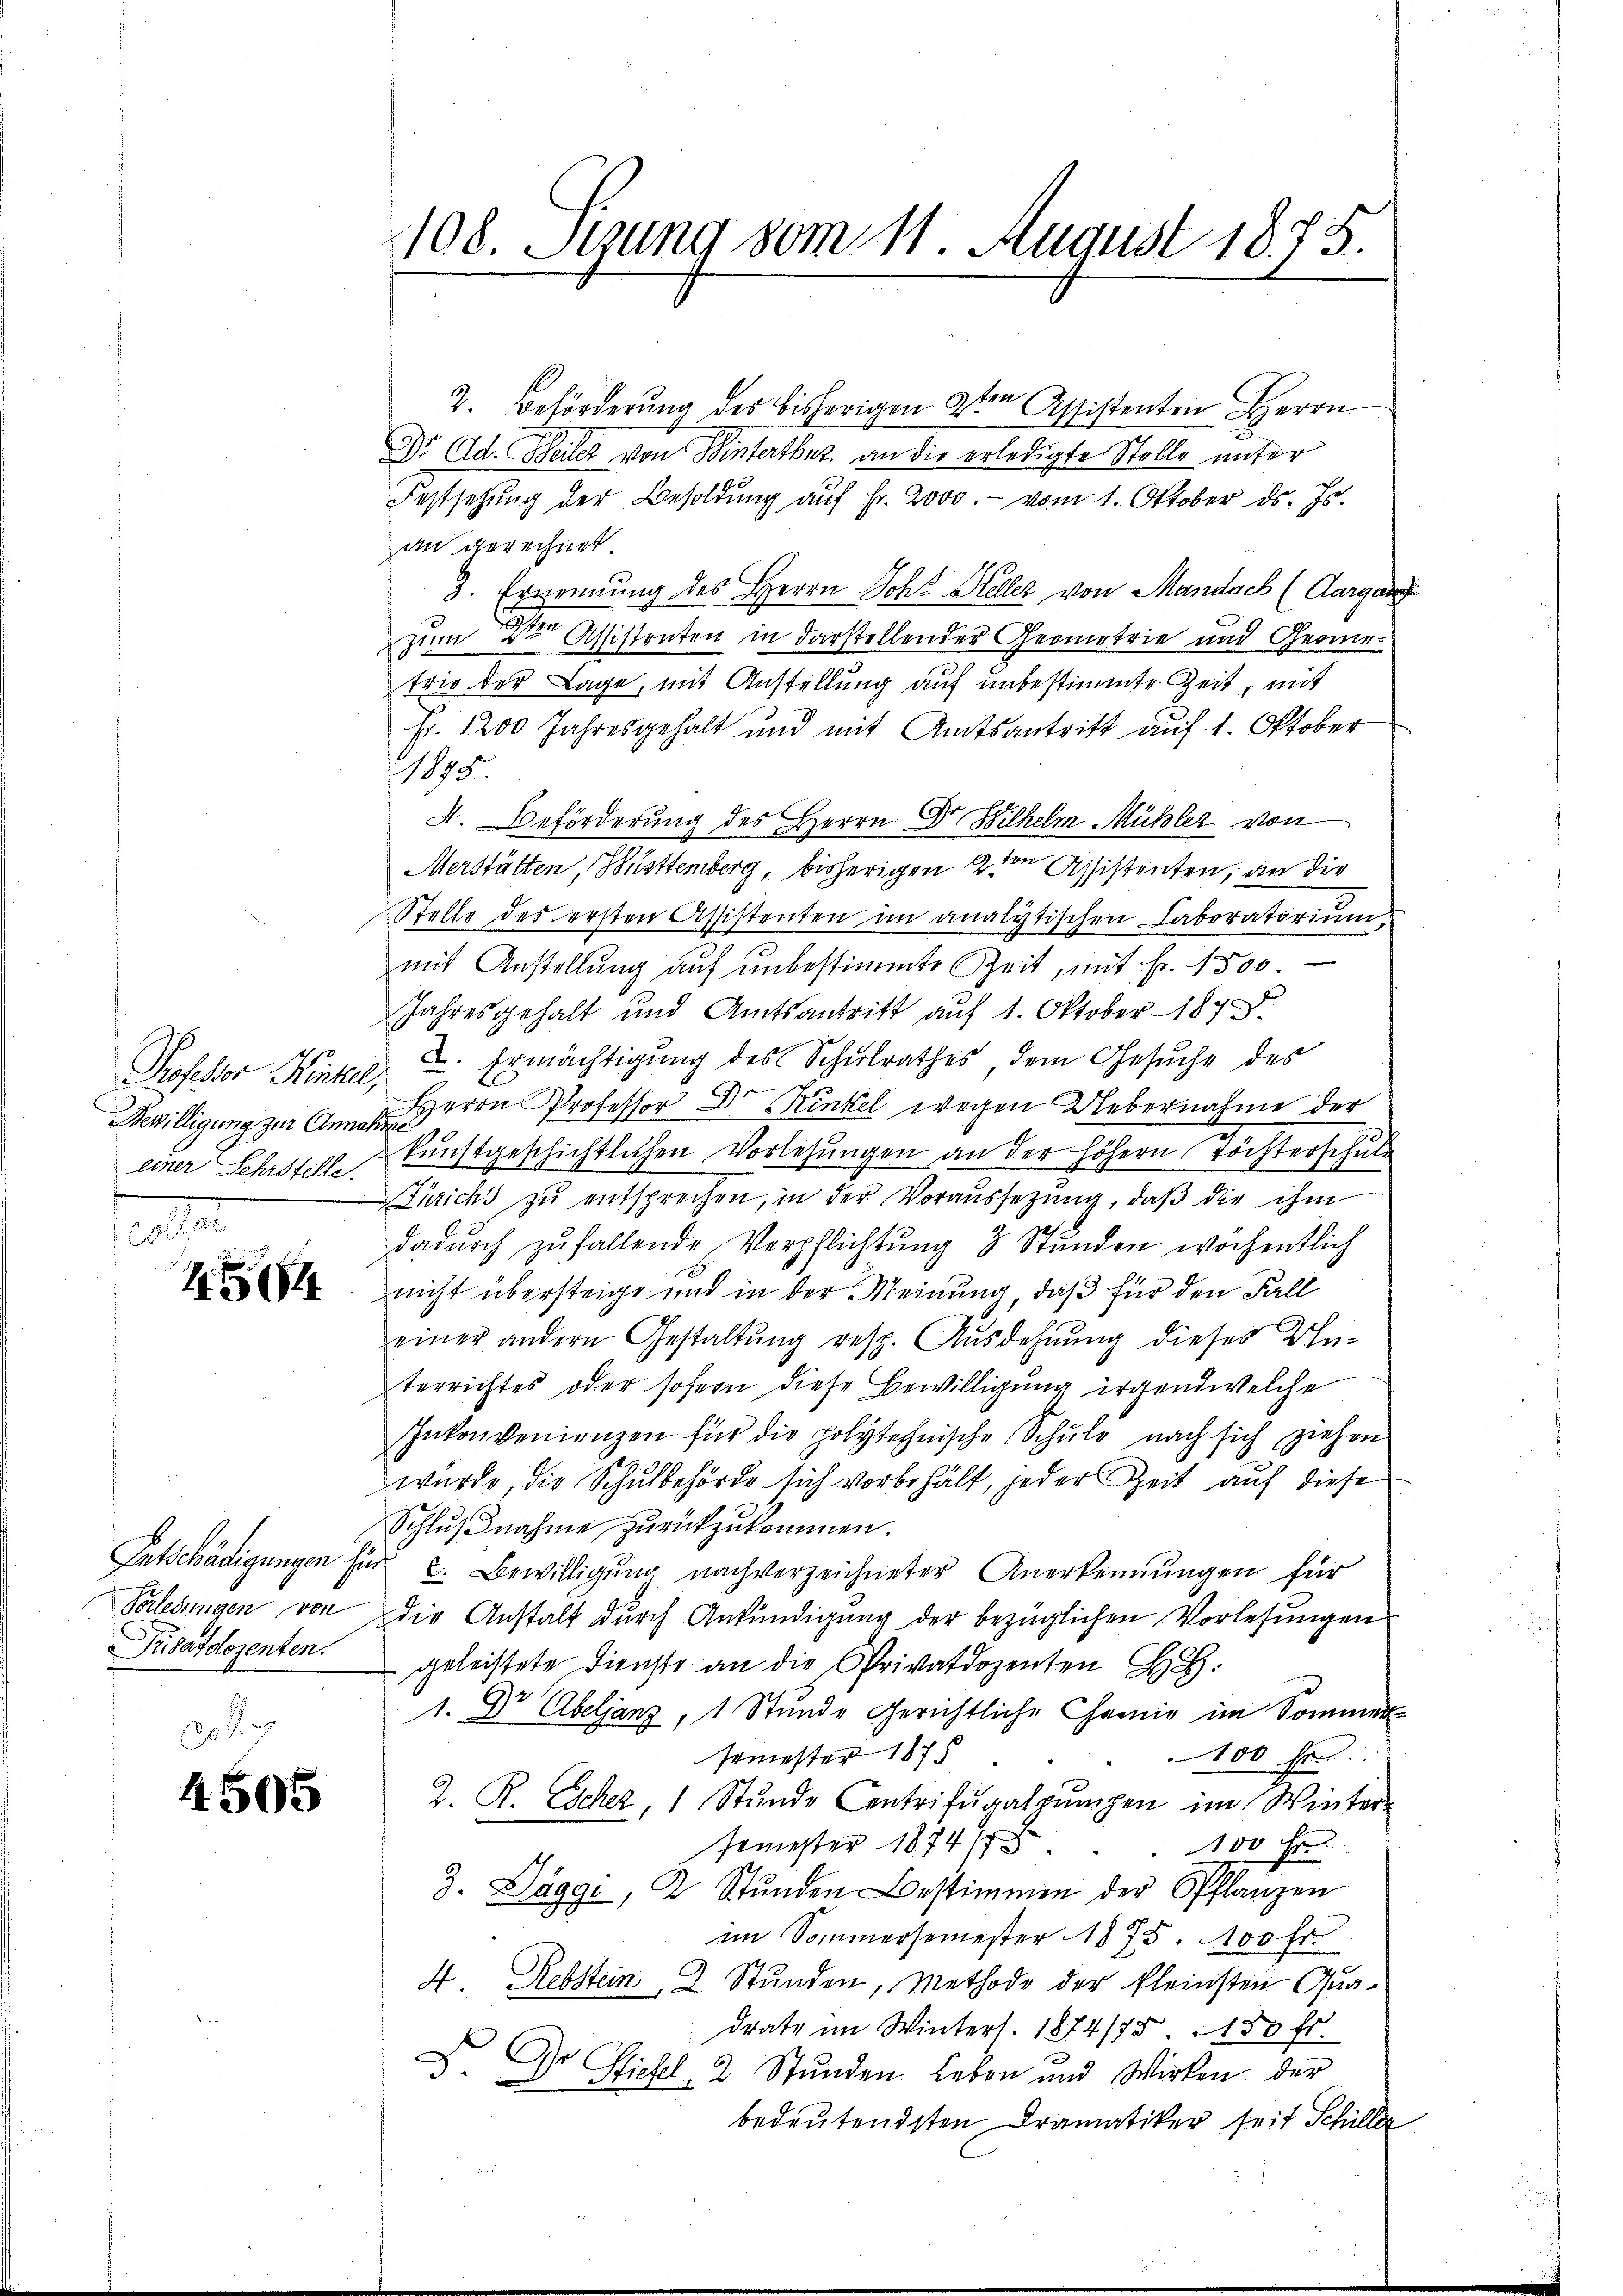
Professor Kinke
Bewilligung zur Anm
einer Sehrstelle.
e

5

Entschädigungen
Vorlesungen von
Prsazdozenten.

4505

108. Setzung vom 11. August 1875.

2. Beförderŭng des bisherigen 9ten Assistenten Herrn
Dr. Ad. Weiler von Winterther an die erledigte Stelle unter
Festsetzŭng der Besoldŭng aŭf Fr. 2000.- vom 1. Oktober ds. Js.
an gerechnet
3. Ernennung des Herrn Joh. Keller von Mandach (Aargau
zum Den Assistenten in darstellender Geometrie und Geometrie der Lage, mit Anstellung auf unbestimmte Zeit, mit
Fr. 1200 Jahresgehalt und mit Amtsantritt auf 1. Oktober
1875.
A. Beförderung des Herrn Dr. Hilhelm Mühler von
Merstätten, Büsttemberg, bisherigen 2ten Assistenten, an die
Stelle des ersten Assistenten im analytischen Laboratorium
mit Anstellung auf unbestimmte Zeit, mit Fr. 1500
Jahresgehalt und Amtsantritt auf 1. Oktober 1873.
2. Ermächtigung des Schulrathes dem Gesuche des
Herrn Professor Dr Kinkel wegen Uebernahme der
t
kunstgeschichtlichen Vorlesungen an der höhern Tochterschule
Türichs zu entsprechen, in der Voraussetzung, daβ die ihm
darŭrch zŭ fallende Verpflichtung 3 Stunden wochentlich
nicht übersteige und in der Meinung, daß für den Fall
einer andern Gestaltung resp. Ausdehnung dieses Unterrichtes oder sofern diese Bewilligung irgend welche
Inkonvenienzen für die polytechnische Schŭle nach sich ziehen
wurde die Schulbehörde sich vorbehält, jeder Zeit auf diese
Schlŭβnahme zŭrückzŭkommen.
in 6. Bewilligung nachverzeichneter Anerkennungen für
die Anstalt durch Ankündigung der bezüglichen Vorlesungen
geleistete Dienste an die Privatdozenten H.
1. Dr. Abeljanz, 1 Stunde Gerichtliche Chemie im Sommer-
Ermester 1878
100 Fr.
2. R. Escher, 1 Stŭnde Centrifŭgalpŭmpen im Winter-
semester 1874
100 Fr.
3. Daggi, 2 Stŭnden Bestimmen der Pflanzen
im Sommersemester 1875. 100 fr.
4 Rebstein 2 Stunden, Methode der kleinsten Quadrate im Winters. 1874/75. 150 fr.
D Dr. Hiebel, 2 Stŭnden Leben und Wirken der
bedeutendsten Dramatiker seit Schiller